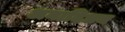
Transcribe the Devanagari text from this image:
अनादिधन